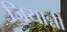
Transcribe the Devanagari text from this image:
जियान्नी